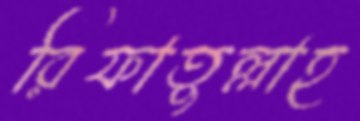
রিফাতুল্লাহ